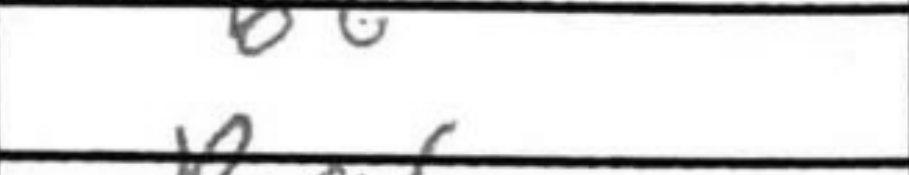
Transcription: b6